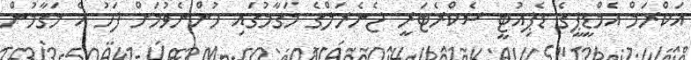
އަކްރަމް އެމްޑީޕީގެ ޑެޕިއުޓީ ސެކްރެޓަރީ ޖެނެރަލްގެ މަގާމުގައި ހުންނެވުމަށް ފަހު އެ މަގާމުން